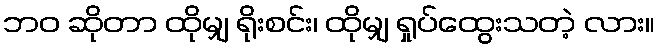
ဘဝ ဆိုတာ ထိုမျှ ရိုးစင်း၊ ထိုမျှ ရှုပ်ထွေးသတဲ့ လား။